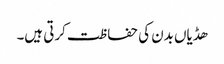
ھڈیاں بدن کی حفاظت کرتی ہیں۔